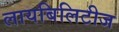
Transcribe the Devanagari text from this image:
लायबिलिटीज